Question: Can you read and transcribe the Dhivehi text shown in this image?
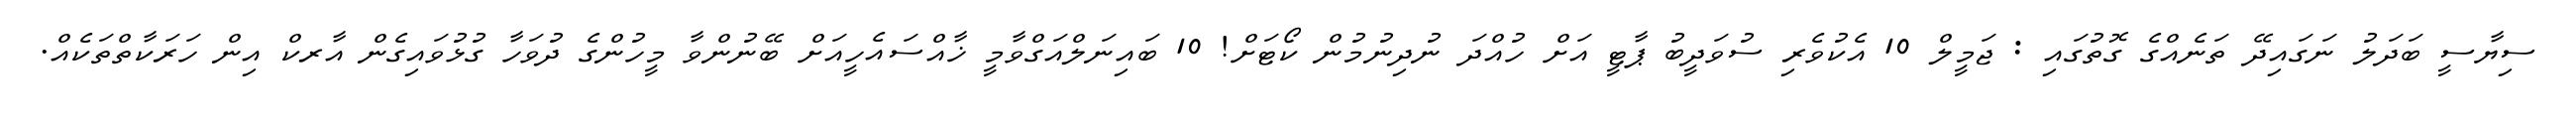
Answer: ސިޔާސީ ބަދަލު ނަގައިދޭ ތަނެއްގެ ގޮތުގައި : ޖަމީލް 10 އެކުވެރި ސުވަދީބު ޕާޓީ އަށް ހުއްދަ ނުދިނުމުން ކޯޓަށް! 10 ބައިނަލްއަގްވާމީ ޚާއްސައެހީއަށް ބޭނުންވާ މީހުންގެ ދުވަހާ ގުޅުވައިގެން އާރކް އިން ހަރަކާތްތަކެއް.